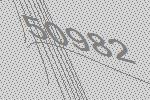
50982